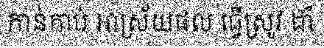
កាន់កាប់ អាស្រ័យផល ធ្វើស្រូវ ដាំ